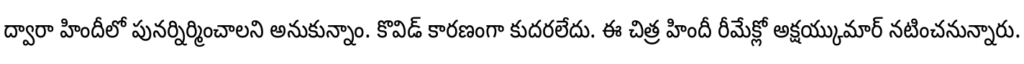
ద్వారా హిందీలో పునర్నిర్మించాలని అనుకున్నాం. కొవిడ్ కారణంగా కుదరలేదు. ఈ చిత్ర హిందీ రీమేక్లో అక్షయ్కుమార్ నటించనున్నారు.